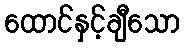
ထောင်နှင့်ချီသော